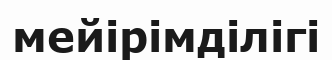
мейірімділігі